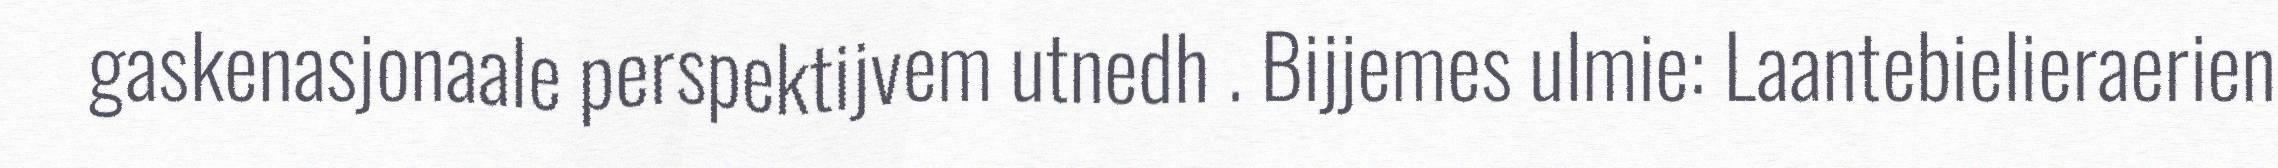
gaskenasjonaale perspektijvem utnedh . Bijjemes ulmie: Laantebielieraerien